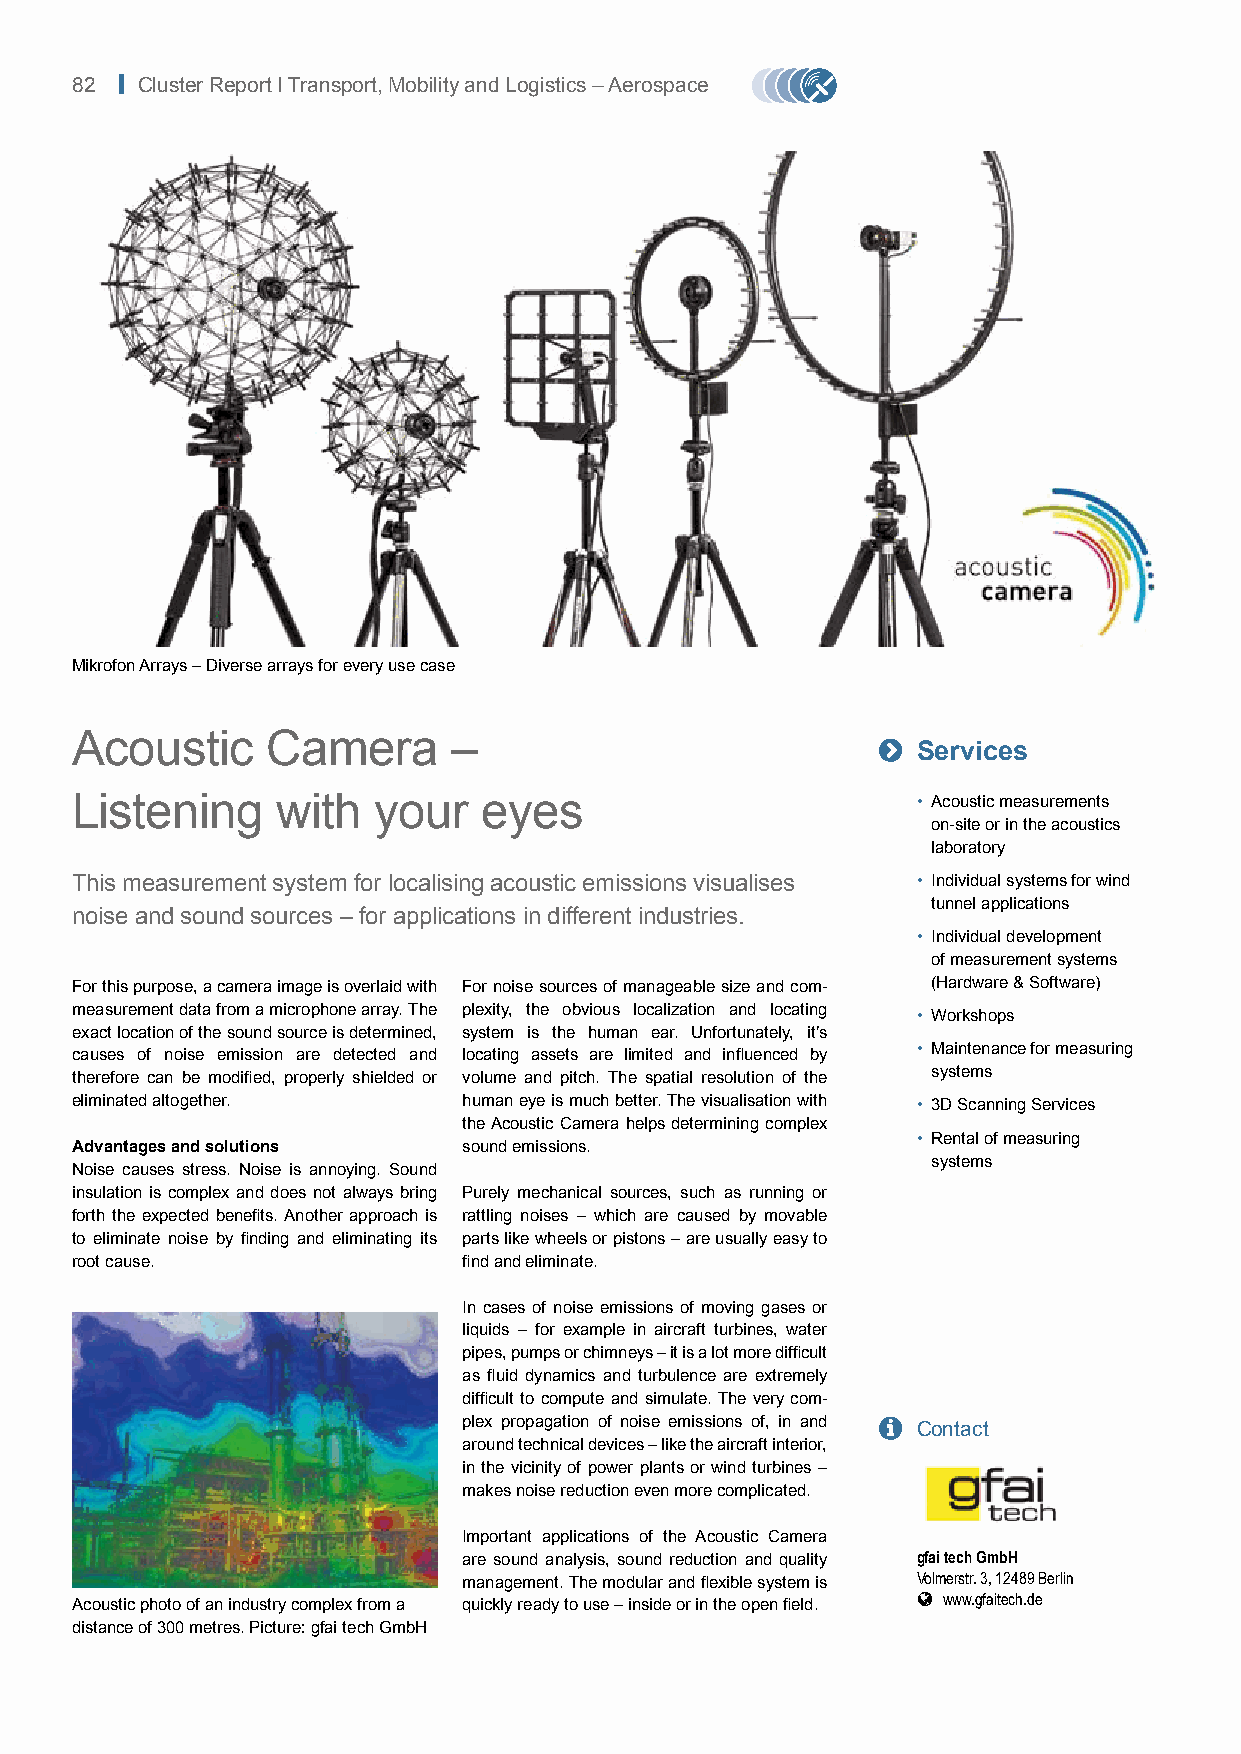
82 | Cluster Report I Transport, Mobility and Logistics – Aerospace
 Mikrofon Arrays – Diverse arrays for every use case
 Acoustic     Camera      –                           
 Services
 Listening    with   your   eyes                         • Acoustic measurements
 on-site or in the acoustics
 laboratory
 This measurement system for localising acoustic emissions visualises • Individual systems for wind
 tunnel applications
 noise and sound sources – for applications in different industries.
 • Individual development
 of measurement systems
 For this purpose, a camera image is overlaid with For noise sources of manageable size and com- (Hardware & Software)
 measurement data from a microphone array. The plexity, the obvious localization and locating
 • Workshops
 exact location of the sound source is determined, system is the human ear. Unfortunately, it’s
 causes of noise emission are detected and locating assets are limited and influenced by • Maintenance for measuring
 therefore can be modified, properly shielded or volume and pitch. The spatial resolution of the systems
 eliminated altogether.    human eye is much better. The visualisation with • 3D Scanning Services
 the Acoustic Camera helps determining complex
 • Rental of measuring
 Advantages and solutions  sound emissions.
 systems
 Noise causes stress. Noise is annoying. Sound
 insulation is complex and does not always bring Purely mechanical sources, such as running or
 forth the expected benefits. Another approach is rattling noises – which are caused by movable
 to eliminate noise by finding and eliminating its parts like wheels or pistons – are usually easy to
 root cause.               find and eliminate.
 In cases of noise emissions of moving gases or
 liquids – for example in aircraft turbines, water
 pipes, pumps or chimneys – it is a lot more difficult
 as fluid dynamics and turbulence are extremely
 difficult to compute and simulate. The very com-
 plex propagation of noise emissions of, in and  Contact
 around technical devices – like the aircraft interior,
 in the vicinity of power plants or wind turbines –
 makes noise reduction even more complicated.
 Important applications of the Acoustic Camera
 are sound analysis, sound reduction and quality gfai tech GmbH
 management. The modular and flexible system is Volmerstr. 3, 12489 Berlin
  www.gfaitech.de
 Acoustic photo of an industry complex from a quickly ready to use – inside or in the open field.
 distance of 300 metres. Picture: gfai tech GmbH